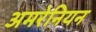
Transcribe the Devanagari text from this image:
अमरेनियन